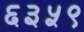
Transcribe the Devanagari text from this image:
६३५९